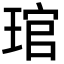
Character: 琯